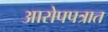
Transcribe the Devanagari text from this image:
आरोपपत्रात